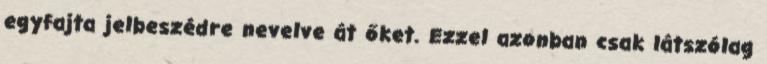
egyfajta jelbeszédre nevelve át őket. Ezzel azonban csak látszólag